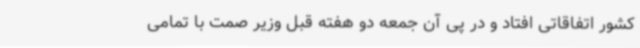
کشور اتفاقاتی افتاد و در پی آن جمعه دو هفته قبل وزیر صمت با تمامی